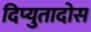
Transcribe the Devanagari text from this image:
दिप्युतादोस